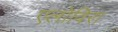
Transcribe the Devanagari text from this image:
एलोविरा